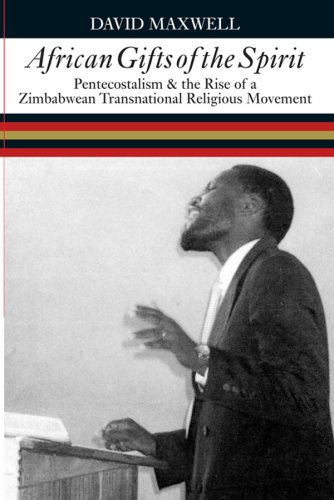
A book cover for African Gifts of the Spirit: Pentecostalism & the Rise of Zimbabwean Transnational Religious Movement; David Maxwell; History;